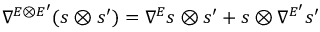
\nabla ^ { E \otimes E ^ { \prime } } ( s \otimes s ^ { \prime } ) = \nabla ^ { E } s \otimes s ^ { \prime } + s \otimes \nabla ^ { E ^ { \prime } } s ^ { \prime }